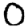
Digit: 0